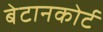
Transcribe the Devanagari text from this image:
बेटानकोर्ट